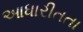
આધારીતતા